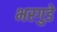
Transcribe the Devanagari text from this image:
भरगुडे